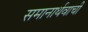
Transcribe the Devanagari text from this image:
समानार्थवाची